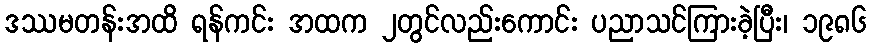
ဒဿမတန်းအထိ ရန်ကင်း အထက ၂တွင်လည်းကောင်း ပညာသင်ကြားခဲ့ပြီး၊ ၁၉၈၆